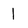
Character: 1